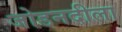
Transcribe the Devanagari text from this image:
जोडनदीला